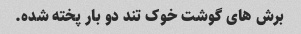
برش های گوشت خوک تند دو بار پخته شده.